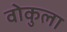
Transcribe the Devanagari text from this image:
वोकुला